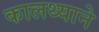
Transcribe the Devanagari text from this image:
कालथ्याने